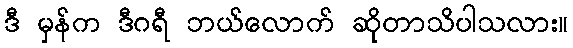
ဒီ မှန်က ဒီဂရီ ဘယ်လောက် ဆိုတာသိပါသလား။